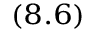
_ { ( 8 . 6 ) }